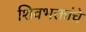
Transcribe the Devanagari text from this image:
शिवभक्तांचे